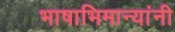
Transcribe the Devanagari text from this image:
भाषाभिमान्यांनी